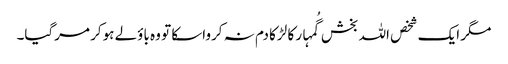
مگر ایک شخص اللہ بخش گُمہار کا لڑکا دم نہ کرواسکا تو وہ باؤلے ہوکر مرگیا۔